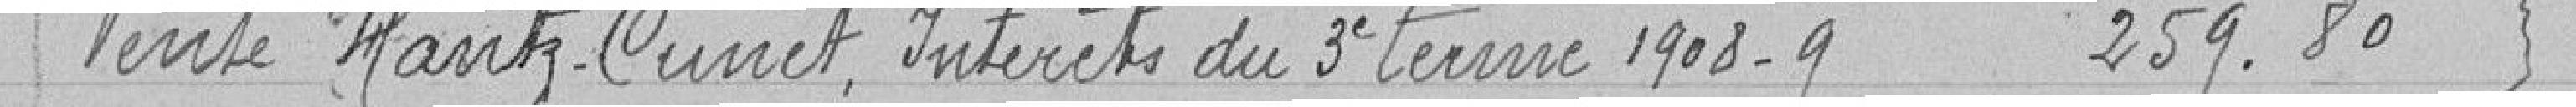
Vente Hantz-Cunet, intérêts du 3e terme 1908-9    259.80